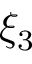
\xi _ { 3 }